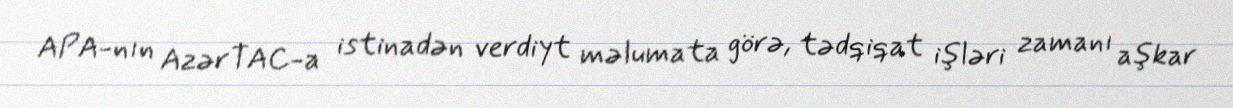
APA-nın AzərTAC-a istinadən verdiyt məlumata görə, tədqiqat işləri zamanı aşkar